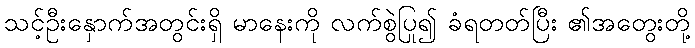
သင့်ဦးနှောက်အတွင်းရှိ မာနေးကို လက်စွဲပြု၍ ခံရတတ်ပြီး ၏အတွေးတို့